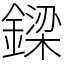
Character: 𨫟